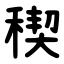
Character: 稧